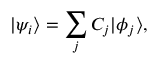
| \psi _ { i } \rangle = \sum _ { j } { C _ { j } } | \phi _ { j } \rangle ,